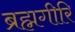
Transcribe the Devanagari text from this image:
ब्रह्मगीरि